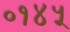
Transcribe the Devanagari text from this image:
०१४५